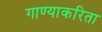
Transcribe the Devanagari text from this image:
गाण्याकरिता